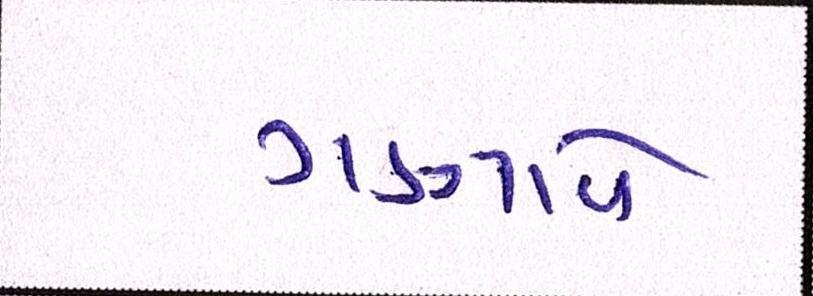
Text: ગણાવે